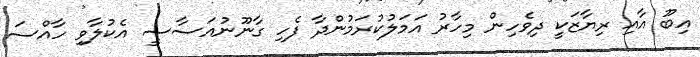
އިބޫ އާއި ރިޔާޒަކީ ދިވެހިން މިހާރު އަމަލުކުރަމުންދާ ފެހި ގާނޫނުއަސާސީ އެކުލާވި ހާއްސަ